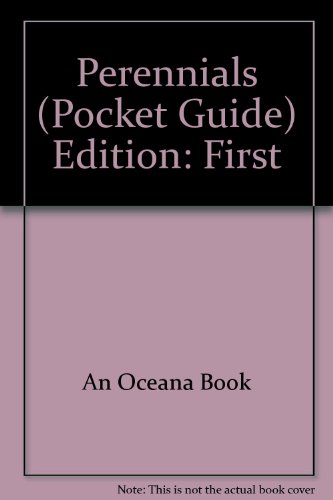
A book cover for Perennials (Pocket Guide); An Oceana Book; Crafts, Hobbies & Home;